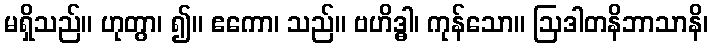
မရှိသည်။ ဟုတွာ၊ ၍။ ဧကော၊ သည်။ ဗဟိဒ္ဓါ၊ ကုန်သော။ ဩဒါတနိဘာသာနိ၊